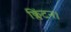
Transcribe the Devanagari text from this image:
क्लिंटन।